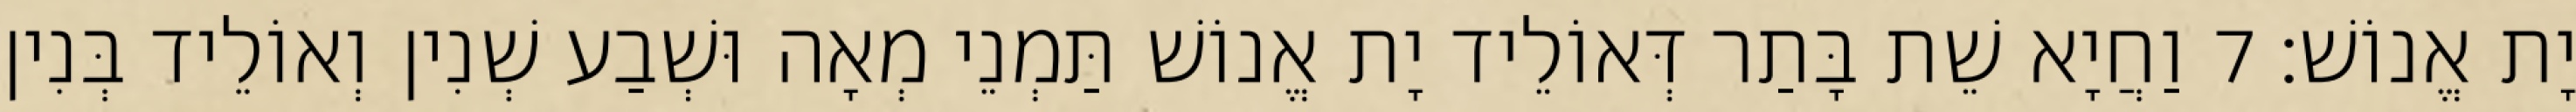
יָת אֱנוֹשׁ׃ 7 וַחֲיָא שֵׁת בָּתַר דְּאוֹלֵיד יָת אֱנוֹשׁ תַּמְנֵי מְאָה וּשְׁבַע שְׁנִין וְאוֹלֵיד בְּנִין